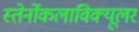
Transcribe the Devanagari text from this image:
स्तेर्नोकलाविक्यूलर